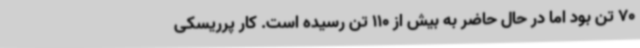
70 تن بود اما در حال حاضر به بیش از 110 تن رسیده است. کار پرریسکی